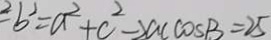
^ { 2 } - b ^ { 2 } = a ^ { 2 } + c ^ { 2 } - 2 a c \cos B = 2 5